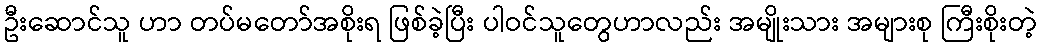
ဦးဆောင်သူ ဟာ တပ်မတော်အစိုးရ ဖြစ်ခဲ့ပြီး ပါဝင်သူတွေဟာလည်း အမျိုးသား အများစု ကြီးစိုးတဲ့